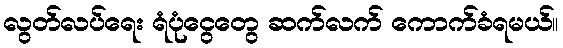
လွတ်လပ်ရေး ရံပုံငွေတွေ ဆက်လက် ကောက်ခံရမယ်။